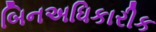
બિનઅધિકારીક